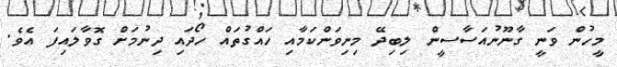
މީހުން ވަނީ ގާނޫނުއަސާސީން ލިބިދޭ މިނިވަންކަމާއި ހައްގުތައް ހޯދައި ދިނުމަށް ގޮވާލައިފަ އެވެ.